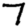
Digit: 7